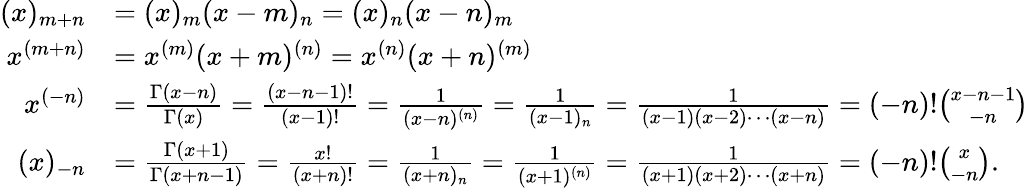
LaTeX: {\begin{array}{rl}{(x)_{m+n}}&{=(x)_{m}(x-m)_{n}=(x)_{n}(x-n)_{m}}\\ {x^{(m+n)}}&{=x^{(m)}(x+m)^{(n)}=x^{(n)}(x+n)^{(m)}}\\ {x^{(-n)}}&{={\frac{\Gamma(x-n)}{\Gamma(x)}}={\frac{(x-n-1)!}{(x-1)!}}={\frac{1}{(x-n)^{(n)}}}={\frac{1}{(x-1)_{n}}}={\frac{1}{(x-1)(x-2)\cdots(x-n)}}=(-n)!{\binom{x-n-1}{-n}}}\\ {(x)_{-n}}&{={\frac{\Gamma(x+1)}{\Gamma(x+n-1)}}={\frac{x!}{(x+n)!}}={\frac{1}{(x+n)_{n}}}={\frac{1}{(x+1)^{(n)}}}={\frac{1}{(x+1)(x+2)\cdots(x+n)}}=(-n)!{\binom{x}{-n}}.}\end{array}}